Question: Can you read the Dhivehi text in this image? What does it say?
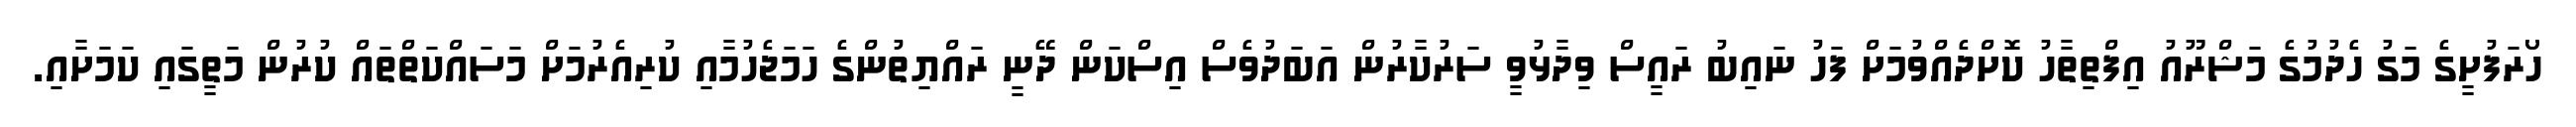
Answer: ހޯރަފުށީގެ މަގު ހެދުމުގެ މަޝްރޫއު އިފްތިތާހު ކޮށްދެއްވުމަށް ފަހު ނައިބު ރައީސް ވިދާޅުވީ ސަރުކާރުން އަބަދުވެސް އިސްކަން ދޭނީ ރައްޔިތުންގެ ހަމަޖެހުމާއި ކުރިއެރުމަށް މަސައްކަތްތައް ކުރުން މަތީގައި ކަމަށާއި.